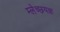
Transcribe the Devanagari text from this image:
म्लेच्छयज्ञ